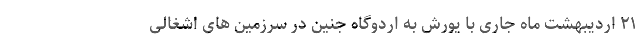
۲۱ اردیبهشت ماه جاری با یورش به اردوگاه جنین در سرزمین های اشغالی